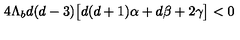
4 \Lambda _ { b } d ( d - 3 ) \big [ d ( d + 1 ) \alpha + d \beta + 2 \gamma \big ] < 0